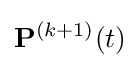
\mathbf {P} ^{(k+1)}(t)